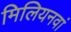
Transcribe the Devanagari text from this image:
मिलियनवां